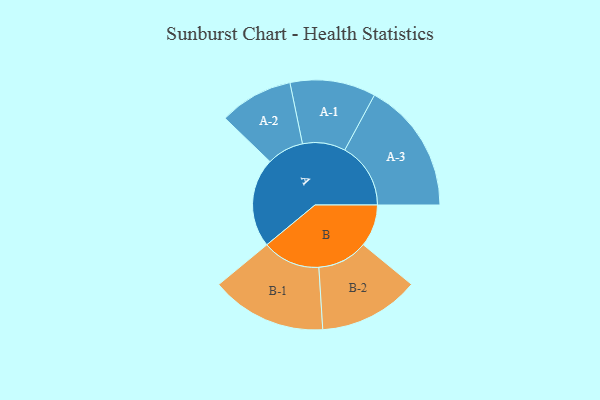
{"axis": {"x": "Segment", "y": "Value"}, "legend": ["", "A", "B"], "data": [{"x": "A", "y": 286, "type": ""}, {"x": "B", "y": 135, "type": ""}, {"x": "A-1", "y": 137, "type": "A"}, {"x": "A-2", "y": 118, "type": "A"}, {"x": "A-3", "y": 211, "type": "A"}, {"x": "B-1", "y": 185, "type": "B"}, {"x": "B-2", "y": 161, "type": "B"}]}